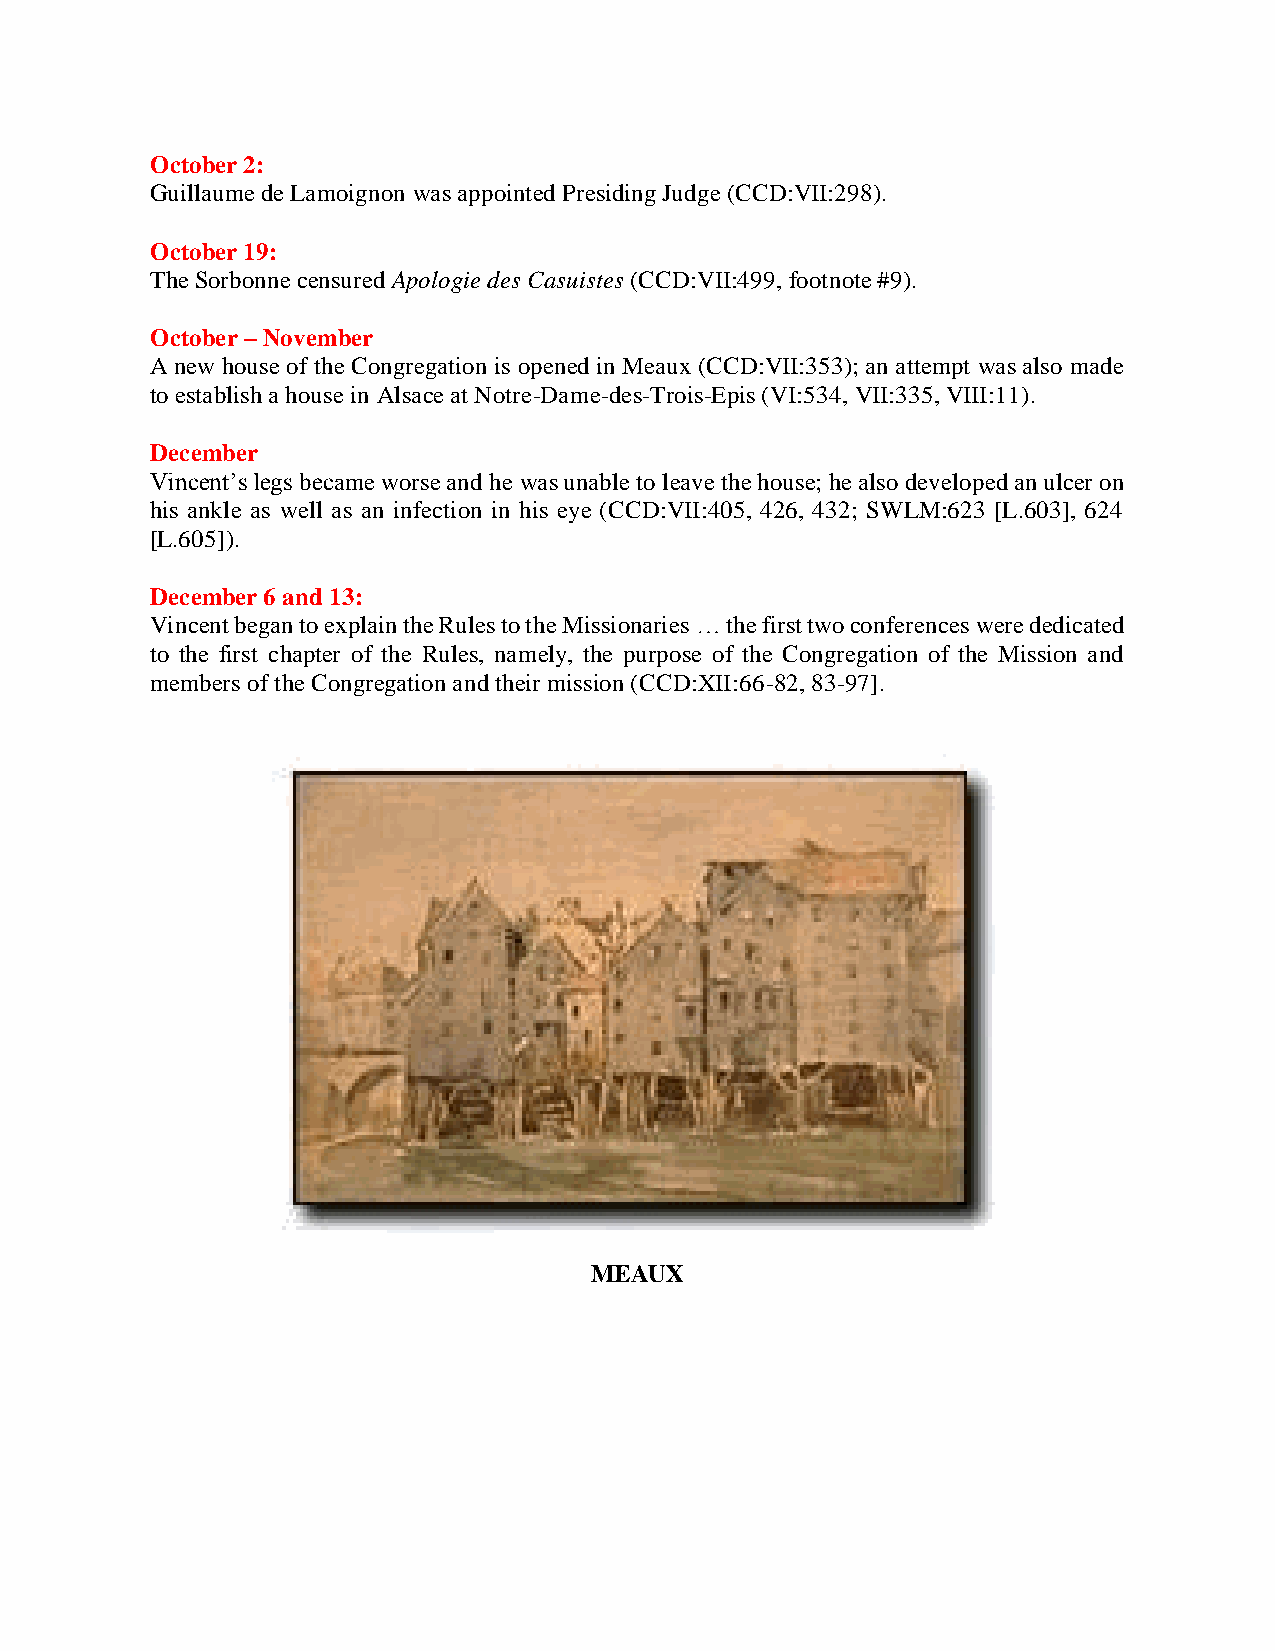
October 2:
 Guillaume de Lamoignon was appointed Presiding Judge (CCD:VII:298).
 October 19:
 The Sorbonne censured Apologie des Casuistes (CCD:VII:499, footnote #9).
 October – November
 A new house of the Congregation is opened in Meaux (CCD:VII:353); an attempt was also made
 to establish a house in Alsace at Notre-Dame-des-Trois-Epis (VI:534, VII:335, VIII:11).
 December
 Vincent’s legs became worse and he was unable to leave the house; he also developed an ulcer on
 his ankle as well as an infection in his eye (CCD:VII:405, 426, 432; SWLM:623 [L.603], 624
 [L.605]).
 December 6 and 13:
 Vincent began to explain the Rules to the Missionaries … the first two conferences were dedicated
 to the first chapter of the Rules, namely, the purpose of the Congregation of the Mission and
 members of the Congregation and their mission (CCD:XII:66-82, 83-97].
 MEAUX